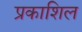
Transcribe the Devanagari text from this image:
प्रकाशिल